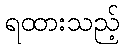
ရထားသည့်